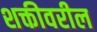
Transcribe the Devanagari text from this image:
शक्तीवरील